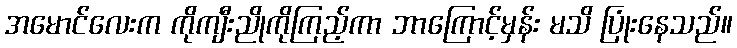
အမောင်လေးက ကိုကျီးညိုကိုကြည့်ကာ ဘာကြောင့်မှန်း မသိ ပြုံးနေသည်။